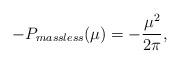
LaTeX: \begin{align*}-P_{massless}(\mu) = - \frac{\mu^2}{2\pi},\end{align*}